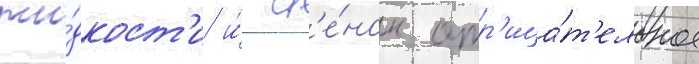
жи́дкост'и и́ ст'е́нок отр'ица́т'ельное